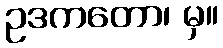
ဥဒကတော၊ မှ။